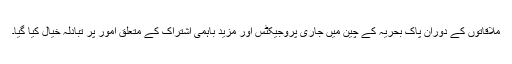
ملاقاتوں کے دوران پاک بحریہ کے چین میں جاری پروجیکٹس اور مزید باہمی اشتراک کے متعلق امور پر تبادلہ خیال کیا گیا۔